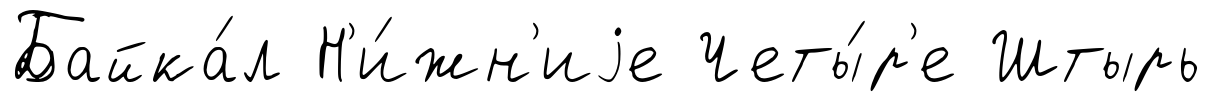
Байка́л Н'и́жн'иjе Четы́р'е Штырь